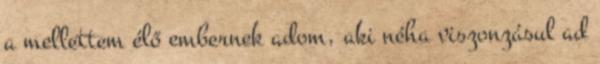
a mellettem élő embernek adom, aki néha viszonzásul ad